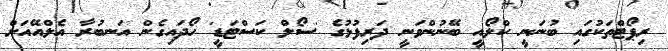
ރިޕޯޓްތަކުގައި ބުނަނީ ކްލޯއީ ބޭނުންވަނީ ދަރިފުޅުގެ 'ސޯލް ކަސްޓަޑީ' ހޯދައިގެން އަނބުރާ އެލްއޭއަށް